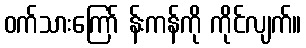
ဝက်သားကြော် န်းကန်ကို ကိုင်လျက်။